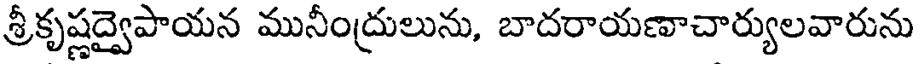
శ్రీకృష్ణద్వైపాయన మునీంద్రులును, బాదరాయణాచార్యులవారును